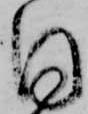
同